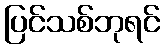
ပြင်သစ်ဘုရင်